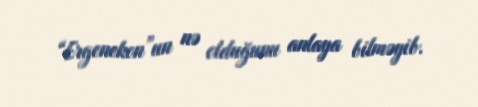
“Ergenekon”un nə olduğunu anlaya bilməyib.